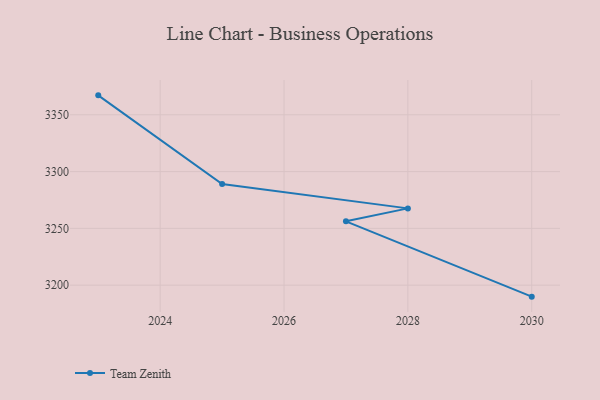
{"axis": {"x": "Year", "y": "Tickets Resolved"}, "legend": ["Team Zenith"], "data": [{"x": "2023", "y": 3367.1, "type": "Team Zenith"}, {"x": "2025", "y": 3289.1, "type": "Team Zenith"}, {"x": "2028", "y": 3267.6, "type": "Team Zenith"}, {"x": "2027", "y": 3256.2, "type": "Team Zenith"}, {"x": "2030", "y": 3189.9, "type": "Team Zenith"}]}